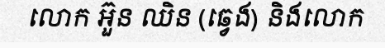
លោក អ៊ួន ឈិន (ឆ្វេង) និងលោក